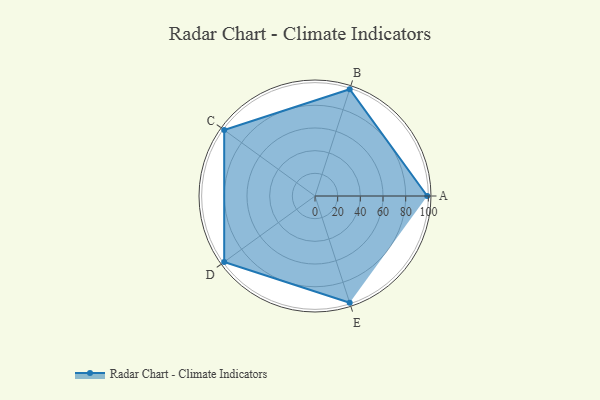
{"axis": {"x": "Skill", "y": "Score"}, "legend": ["Profile"], "data": [{"x": "A", "y": 99.0, "type": "Profile"}, {"x": "B", "y": 99, "type": "Profile"}, {"x": "C", "y": 99, "type": "Profile"}, {"x": "D", "y": 99, "type": "Profile"}, {"x": "E", "y": 99, "type": "Profile"}]}